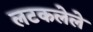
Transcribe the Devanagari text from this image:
लटकलेले